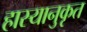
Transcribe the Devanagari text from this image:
हास्यानुकृत